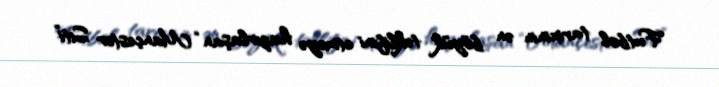
Futbol tarixinin ən böyük təklifini etməyə hazırlaşan “Mançester Siti”